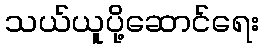
သယ်ယူပို့ဆောင်ရေး